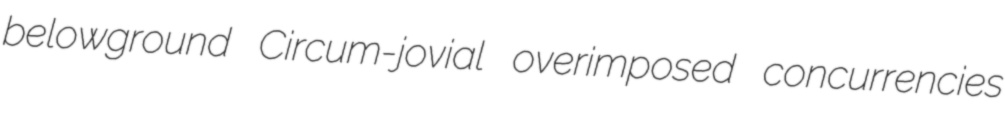
belowground Circum-jovial overimposed concurrencies